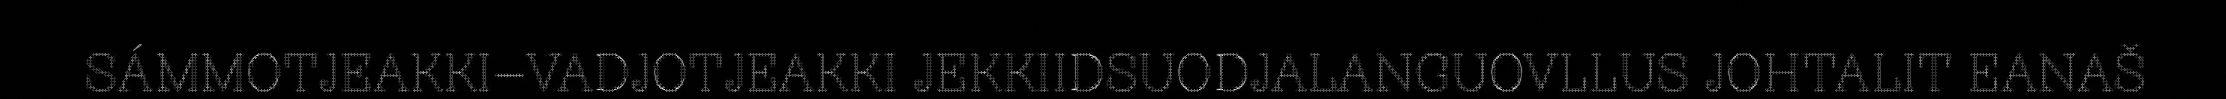
SÁMMOTJEAKKI–VADJOTJEAKKI JEKKIIDSUODJALANGUOVLLUS JOHTALIT EANAŠ